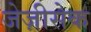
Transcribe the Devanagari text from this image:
जेज़ीसेक